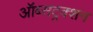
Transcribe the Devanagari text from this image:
ऑब्सट्रक्शन